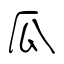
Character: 瓜